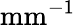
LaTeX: \textrm{mm}^{-1}